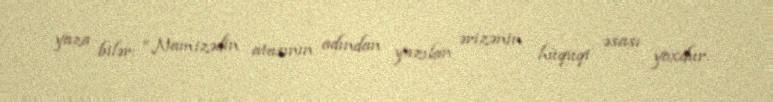
yaza bilər: “Namizədin atasının adından yazılan ərizənin hüquqi əsası yoxdur.